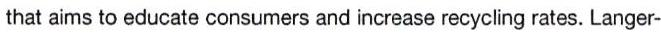
that aims to educate consumers and increase recycling rates. Langer-